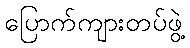
ပြောက်ကျားတပ်ဖွဲ့